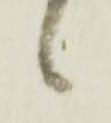
候